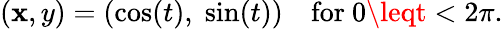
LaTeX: (\mathbf{x},y)=(\cos(t),\; \sin(t))\quad\mathrm{{for}}\ 0\leqt<2\pi.